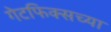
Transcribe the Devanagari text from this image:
गेटफिक्सच्या